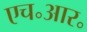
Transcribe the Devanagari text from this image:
एच॰आर॰